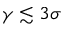
\gamma \lesssim 3 \sigma